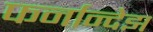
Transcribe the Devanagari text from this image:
फर्नान्देझ